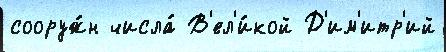
сооруж́н числа́ В'ел'и́кой Д'им'итр'ий